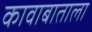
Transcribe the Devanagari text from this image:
कावाबाताला